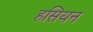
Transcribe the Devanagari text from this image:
हसियन